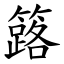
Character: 簬